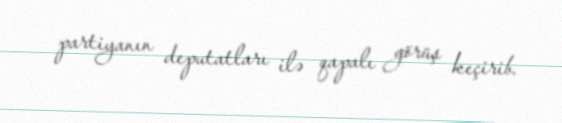
partiyanın deputatları ilə qapalı görüş keçirib.